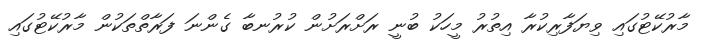
މާރުކޭޓުގައި ވިޔަފާރިކުރާ އިތުރު މީހަކު ބުނީ ރަށްރަށުން ކުރުނބާ ގެންނަ ފަރާތްތަކުން މާރުކޭޓުގައި